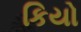
કિયો